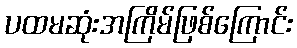
ပထမဆုံးအကြိမ်ဖြစ်ကြောင်း